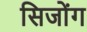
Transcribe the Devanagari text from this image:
सिजोंग